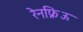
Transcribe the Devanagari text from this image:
रेनफ्रिऊ